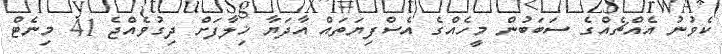
ކެވުނު އެއްޗެއްގެ ސަބަބުން މީހެއްގެ އެސްފިޔަތައް އާދަޔާ ޚިލާފަށް ދިގުވެއްޖެ 41 މިނެޓް